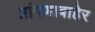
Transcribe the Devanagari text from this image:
प्रांगणाबाहेर